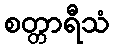
စတ္တာရီသံ